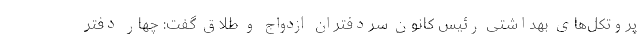
پروتکل‌های بهداشتی رئیس کانون سردفتران ازدواج و طلاق گفت: چهار دفتر